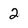
Character: 2